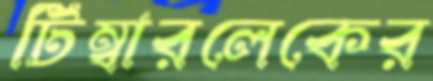
টিম্বারলেকের